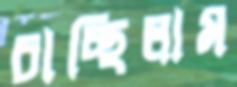
চাচ্ছিলাম